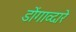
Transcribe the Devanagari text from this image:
डोंगाव्दारे